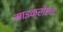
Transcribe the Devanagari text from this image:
माइक्रोएच